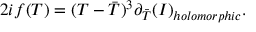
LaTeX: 2 i f ( T ) = ( T - { \bar { T } } ) ^ { 3 } \partial _ { \bar { T } } { ( { \cal I } ) } _ { h o l o m o r p h i c } .